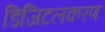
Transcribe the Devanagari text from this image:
डिजिटलकरण